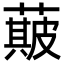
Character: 𮑣